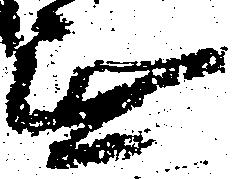
無